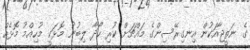
ގެ ނަތީޖާއަކުން އިނގިރޭސިންގެ މައްޗަށް ކުރި ހޯދާ ލިބުނު މޮޅަކީ މުހިއްމު މޮޅެއް